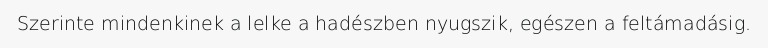
Szerinte mindenkinek a lelke a hadészben nyugszik, egészen a feltámadásig.